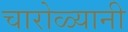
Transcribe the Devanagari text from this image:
चारोळ्यानी